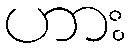
ဟား